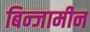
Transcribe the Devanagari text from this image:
बिन्जामीन